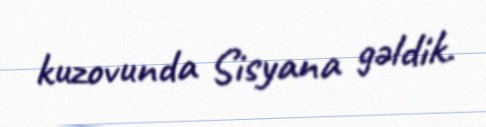
kuzovunda Sisyana gəldik.